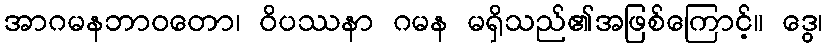
အာဂမနဘာဝတော၊ ဝိပဿနာ ဂမန မရှိသည်၏အဖြစ်ကြောင့်။ ဒွေ၊